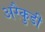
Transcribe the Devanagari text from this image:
अरैकुडी